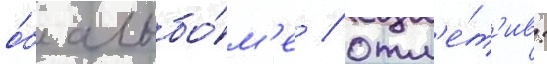
о́б альбо́м'е / отм'е́т'ив: